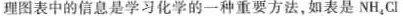
理图表中的信息是学习化学的一种重要方法，如表是NH_{4}CI